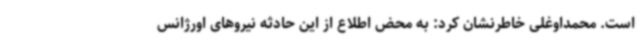
است. محمداوغلی خاطرنشان کرد: به محض اطلاع از این حادثه نیروهای اورژانس